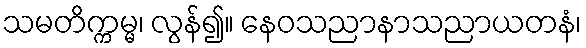
သမတိက္ကမ္မ၊ လွန်၍။ နေဝသညာနာသညာယတနံ၊